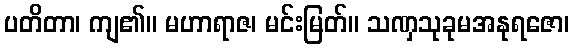
ပတိတာ၊ ကျ၏။ မဟာရာဇ၊ မင်းမြတ်။ သဏှသုခုမအနုရဇော၊